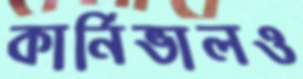
কার্নিভালও